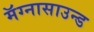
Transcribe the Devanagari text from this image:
मॅग्नासाउन्ड